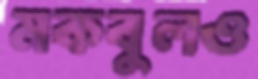
মকবুলও